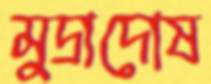
মুদ্রাদোষ